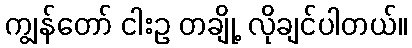
ကျွန်တော် ငါးဥ တချို့ လိုချင်ပါတယ်။